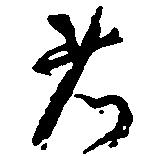
者